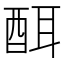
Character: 䣵